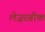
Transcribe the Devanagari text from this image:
लेज़रबीक